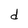
Character: d